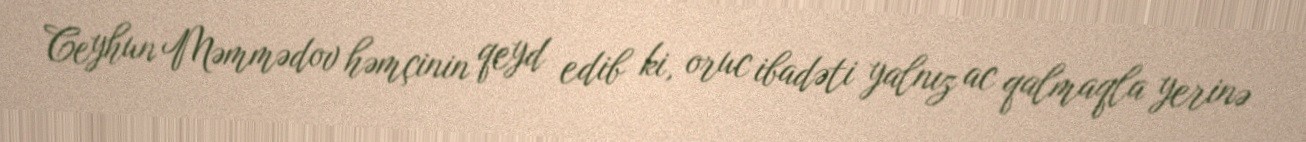
Ceyhun Məmmədov həmçinin qeyd edib ki, oruc ibadəti yalnız ac qalmaqla yerinə